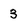
Character: 3